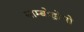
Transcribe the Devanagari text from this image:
साम्बोड्रोमो